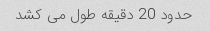
حدود 20 دقیقه طول می کشد